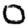
Digit: 0